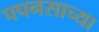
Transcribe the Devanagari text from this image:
पपनसाच्या